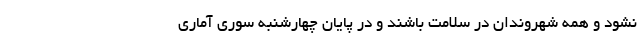
نشود و همه شهروندان در سلامت باشند و در پایان چهارشنبه سوری آماری